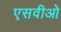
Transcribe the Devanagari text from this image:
एसवीओ